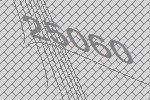
25060